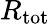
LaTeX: R_{\mathrm{tot}}